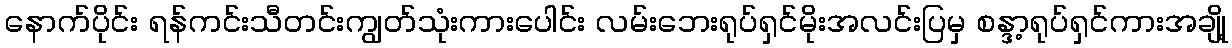
နောက်ပိုင်း ရန်ကင်းသီတင်းကျွတ်သုံးကားပေါင်း လမ်းဘေးရုပ်ရှင်မိုးအလင်းပြမှ စန္ဒာ့ရုပ်ရှင်ကားအချို့